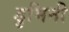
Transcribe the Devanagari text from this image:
डुमिनी